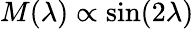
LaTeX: M(\lambda)\propto\sin(2\lambda)